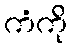
ကံကို